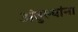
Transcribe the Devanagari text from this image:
अंतुल्यांना